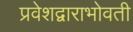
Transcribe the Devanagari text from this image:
प्रवेशद्वाराभोवती